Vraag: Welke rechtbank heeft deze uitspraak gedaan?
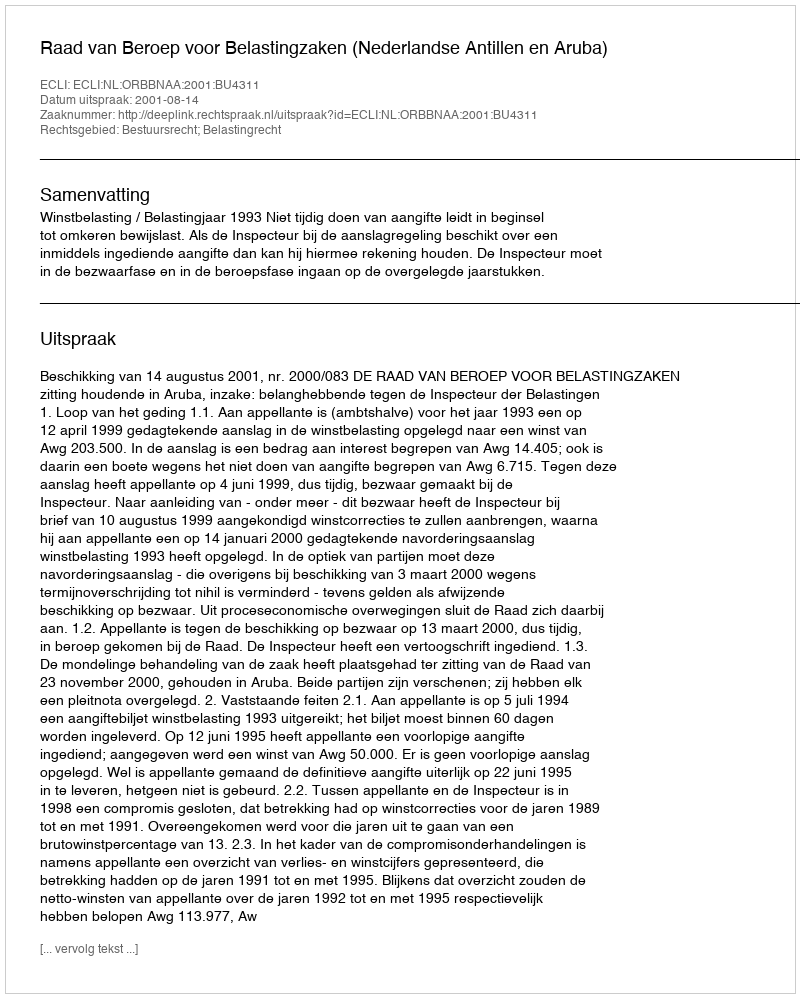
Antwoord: Raad van Beroep voor Belastingzaken (Nederlandse Antillen en Aruba)